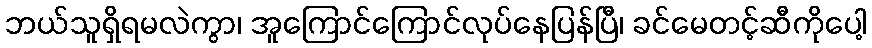
ဘယ်သူရှိရမလဲကွာ၊ အူကြောင်ကြောင်လုပ်နေပြန်ပြီ၊ ခင်မေတင့်ဆီကိုပေါ့